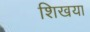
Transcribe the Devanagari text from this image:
शिखया